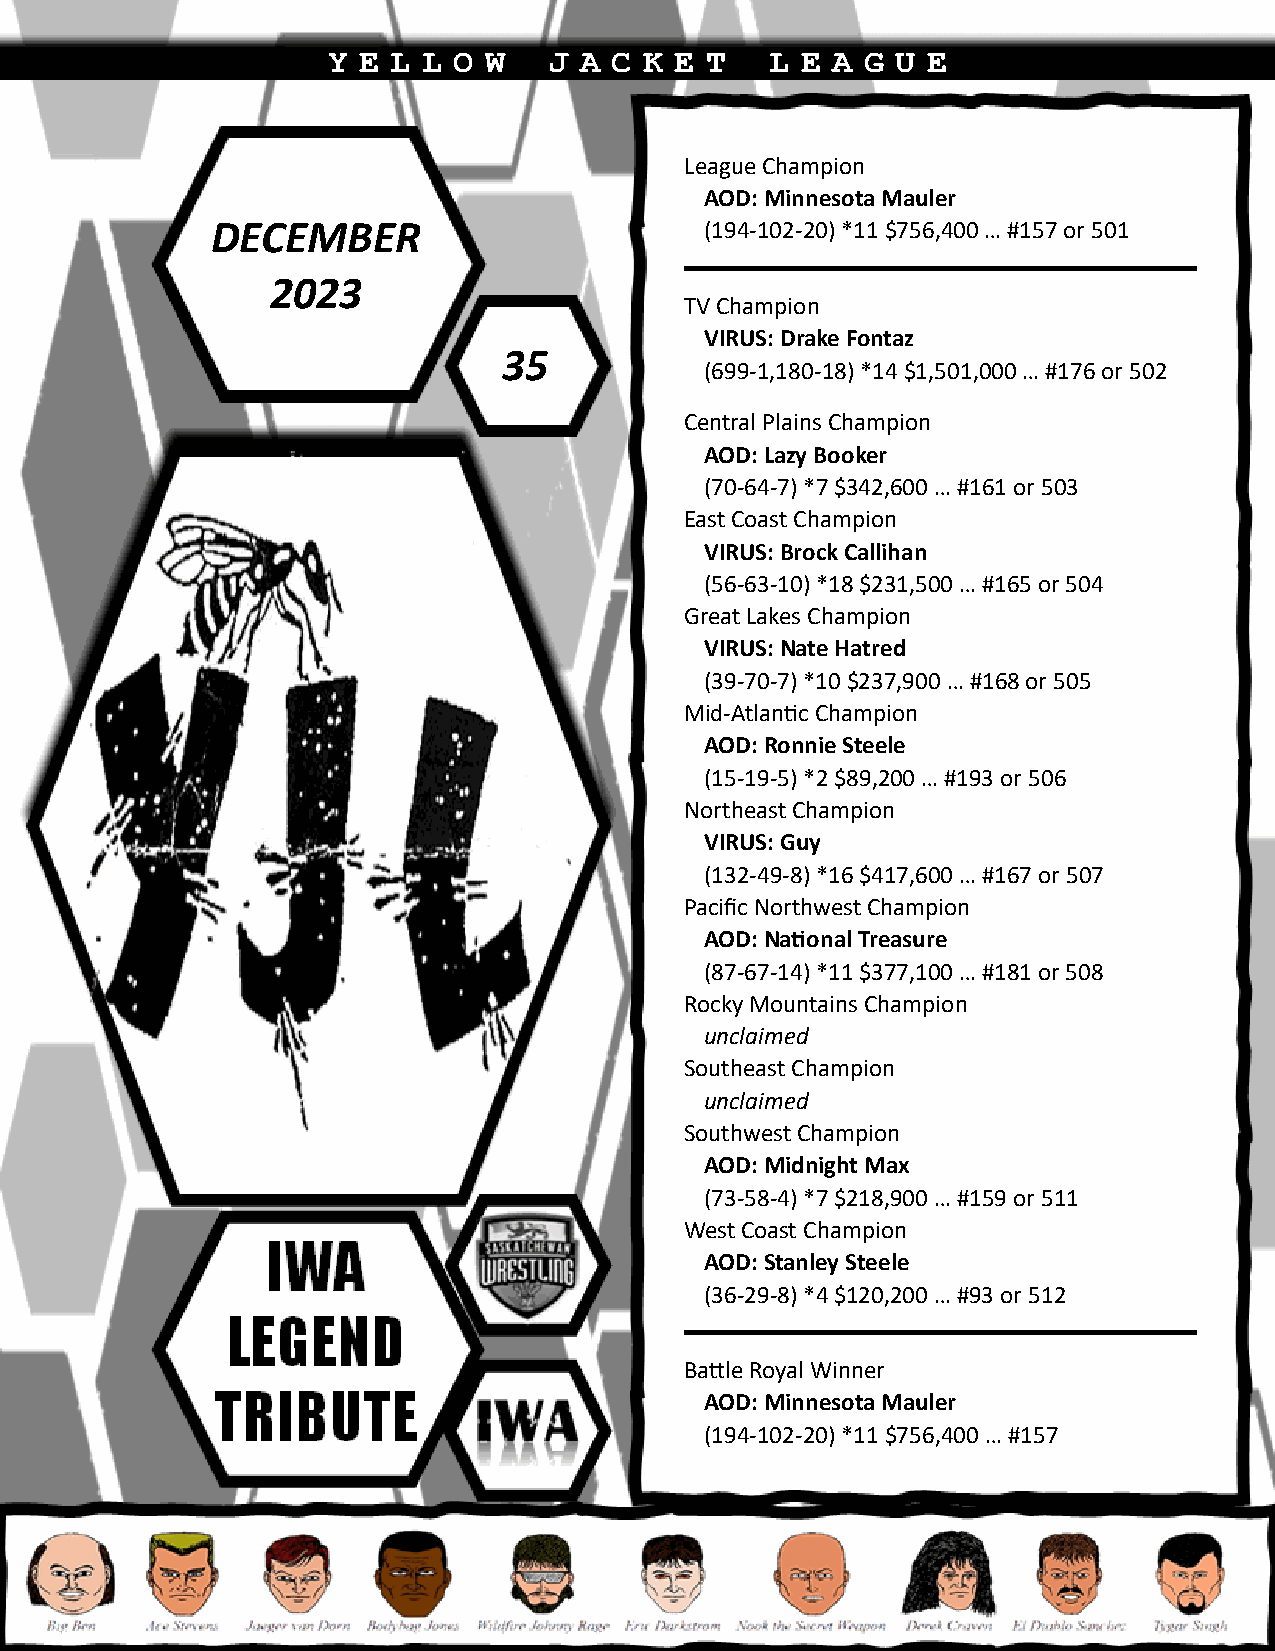
Y E L L O W   J A C  K E T   L E A G U E
 League Champion
 AOD: Minnesota Mauler
 DECEMBER                         (194-102-20) *11 $756,400 … #157 or 501
 2023
 TV Champion
 VIRUS: Drake Fontaz
 35
 (699-1,180-18) *14 $1,501,000 … #176 or 502
 Central Plains Champion
 AOD: Lazy Booker
 (70-64-7) *7 $342,600 … #161 or 503
 East Coast Champion
 VIRUS: Brock Callihan
 (56-63-10) *18 $231,500 … #165 or 504
 Great Lakes Champion
 VIRUS: Nate Hatred
 (39-70-7) *10 $237,900 … #168 or 505
 Mid-Atlantic Champion
 AOD: Ronnie Steele
 (15-19-5) *2 $89,200 … #193 or 506
 Northeast Champion
 VIRUS: Guy
 (132-49-8) *16 $417,600 … #167 or 507
 Pacific Northwest Champion
 AOD: National Treasure
 (87-67-14) *11 $377,100 … #181 or 508
 Rocky Mountains Champion
 unclaimed
 Southeast Champion
 unclaimed
 Southwest Champion
 AOD: Midnight Max
 (73-58-4) *7 $218,900 … #159 or 511
 West Coast Champion
 AOD: Stanley Steele
 (36-29-8) *4 $120,200 … #93 or 512
 Battle Royal Winner
 AOD: Minnesota Mauler
 (194-102-20) *11 $756,400 … #157